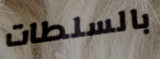
بالسلطات